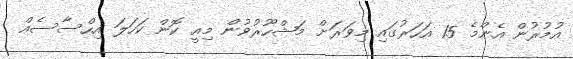
އުމުރުން އެންމެ 15 އަހަރުގައި މިވަރަށް މަޝްހޫރުވުން މިއީ ކޮން ކަހަލަ އިހްސާސެއް